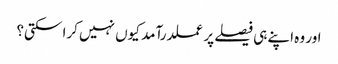
اور وہ اپنے ہی فیصلے پر عملدرآمد کیوں نہیں کرا سکتی؟